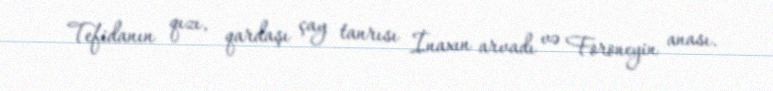
Tefidanın qızı, qardaşı çay tanrısı İnaxın arvadı və Foroneyin anası.